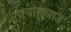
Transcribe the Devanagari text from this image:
क्वांगचाउ